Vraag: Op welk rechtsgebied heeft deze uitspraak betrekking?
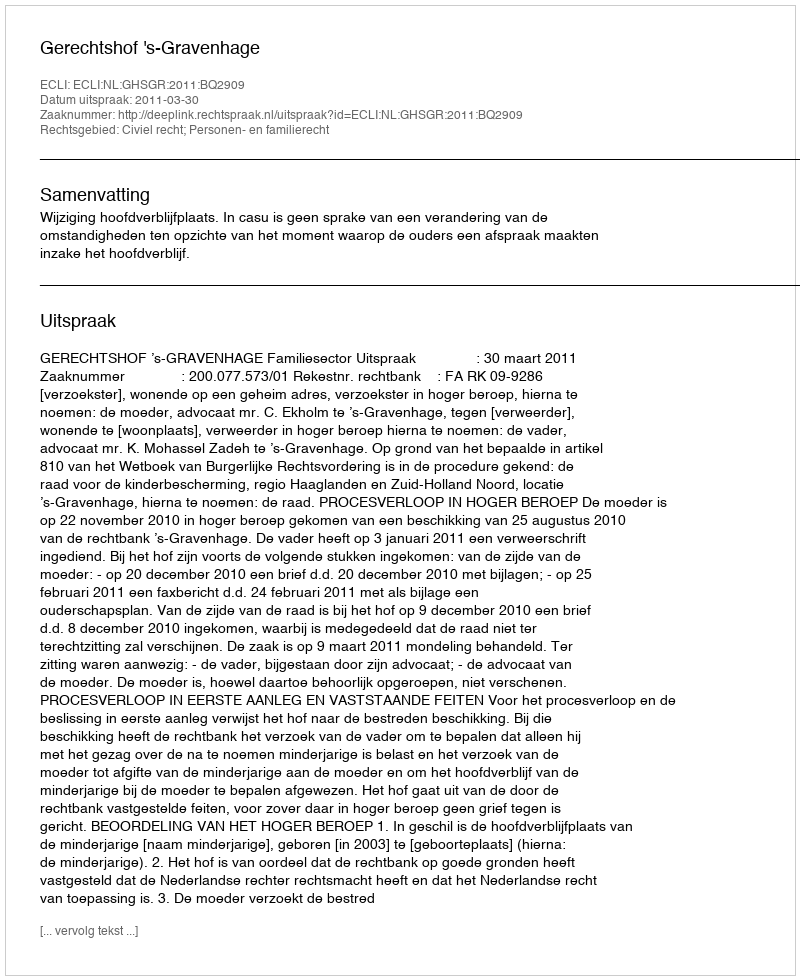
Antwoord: Civiel recht; Personen- en familierecht